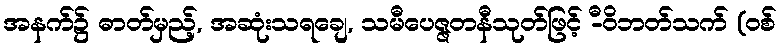
အနက်၌ ဓာတ်မှည့်, အဆုံးသရချေ, သမီပေဇ္ဇတနီသုတ်ဖြင့် -ီဝိဘတ်သက် (ဝစ်